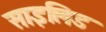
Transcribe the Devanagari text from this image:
साइलिड